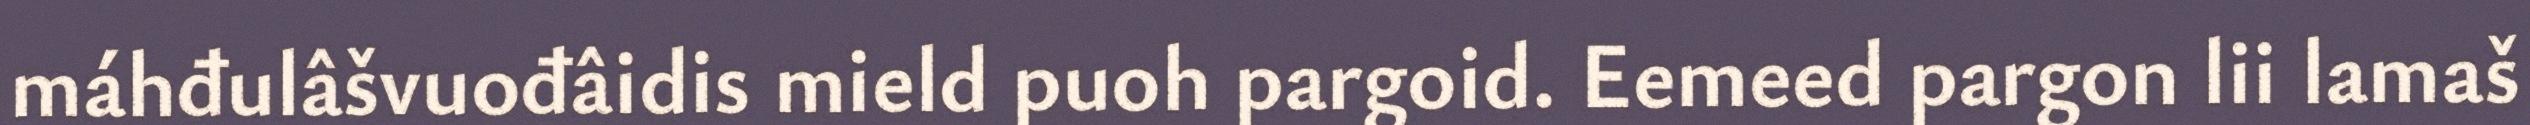
máhđulâšvuođâidis mield puoh pargoid. Eemeed pargon lii lamaš